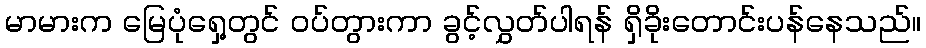
မာမားက မြေပုံရှေ့တွင် ဝပ်တွားကာ ခွင့်လွှတ်ပါရန် ရှိခိုးတောင်းပန်နေသည်။